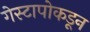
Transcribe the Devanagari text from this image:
गेस्टापोकडून